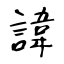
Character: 諱